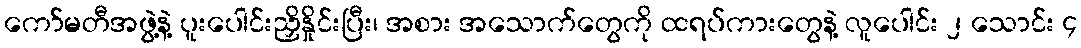
ကော်မတီအဖွဲ့နဲ့ ပူးပေါင်းညှိနှိုင်းပြီး၊ အစား အသောက်တွေကို ထရပ်ကားတွေနဲ့ လူပေါင်း ၂ သောင်း ၄